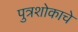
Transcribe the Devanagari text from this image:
पुत्रशोकाचे